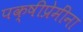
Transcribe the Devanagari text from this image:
पक्षीप्रेमींना